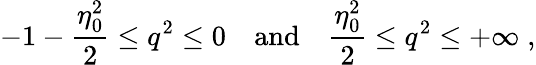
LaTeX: -1-{\frac{\eta_{0}^{2}}{2}}\leq q^{2}\leq 0\quad\mathrm{and}\quad{\frac{\eta_{0}^{2}}{2}}\leq q^{2}\leq+\infty\; ,